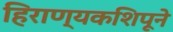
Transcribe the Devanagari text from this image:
हिराण्यकशिपूने